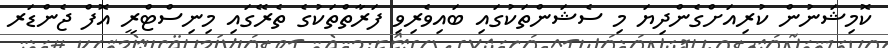
ކޮމިޝަނުން ކުރިއަށްގެންދިޔަ މި ސެޝަންތަކުގައި ބައިވެރިވި ފަރާތްތަކުގެ ތެރޭގައި މިނިސްޓްރީ އޮފް ޖެންޑަރ